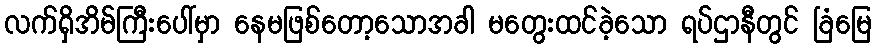
လက်ရှိအိမ်ကြီးပေါ်မှာ နေမဖြစ်တော့သောအခါ မတွေးထင်ခဲ့သော ရပ်ဌာနီတွင် ခြံမြေ